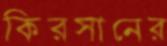
কিরসানের